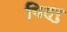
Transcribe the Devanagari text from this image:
पित्रु